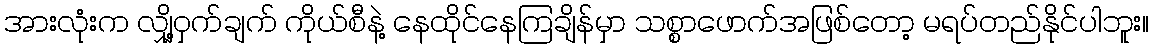
အားလုံးက လျှို့ဝှက်ချက် ကိုယ်စီနဲ့ နေထိုင်နေကြချိန်မှာ သစ္စာဖောက်အဖြစ်တော့ မရပ်တည်နိုင်ပါဘူး။